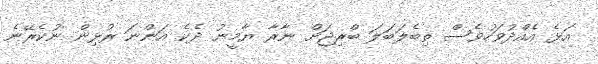
އަޅެ އެއްދުވަހުވެސް ތިބެލަބަލަ ބްރިޖަށް ނާރާ ޔާމީނު ދެކެ އަންނަ ރުޅިން ނުކެރޭނެ